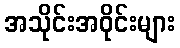
အသိုင်းအဝိုင်းများ